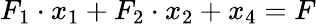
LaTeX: F_{1}\cdot x_{1}+F_{2}\cdot x_{2}+x_{4}=F